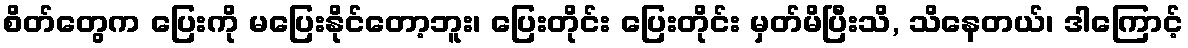
စိတ်တွေက ပြေးကို မပြေးနိုင်တော့ဘူး၊ ပြေးတိုင်း ပြေးတိုင်း မှတ်မိပြီးသိ, သိနေတယ်၊ ဒါကြောင့်